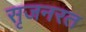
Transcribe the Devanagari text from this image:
सृजनरत